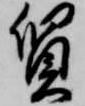
質